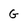
Character: G